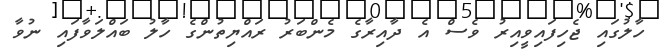
ހާލުގައި ޖެހިފައިވީއިރު ވެސް އެ ދާއިރާގެ މެންބަރު ރައްޔިތުންގެ ހާލު ބައްލަވާފައި ނުވާ